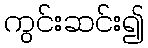
ကွင်းဆင်း၍